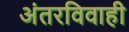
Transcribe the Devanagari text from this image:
अंतरविवाही